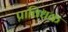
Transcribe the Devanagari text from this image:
प्राविधक